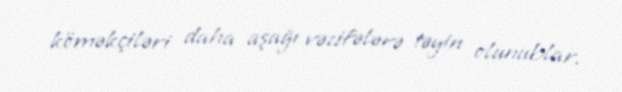
köməkçiləri daha aşağı vəzifələrə təyin olunublar.